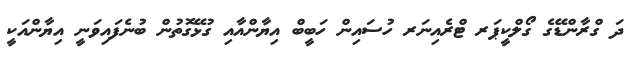
ދަ ގްރާންޑޭގެ ގޯލްކީޕަރ ޓްރެއިނަރ ހުސައިން ހަބީބް އިޔާންއާއި ގުޅޭގޮތުން ބުނެފައިވަނީ އިޔާންއަކީ